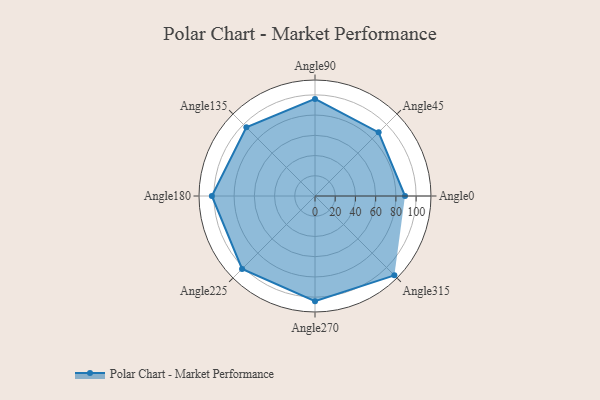
{"axis": {"x": "Angle", "y": "Radius"}, "legend": [""], "data": [{"x": "Angle0", "y": 89.0, "type": ""}, {"x": "Angle45", "y": 89.0, "type": ""}, {"x": "Angle90", "y": 96.0, "type": ""}, {"x": "Angle135", "y": 96.0, "type": ""}, {"x": "Angle180", "y": 102.0, "type": ""}, {"x": "Angle225", "y": 102.0, "type": ""}, {"x": "Angle270", "y": 104.0, "type": ""}, {"x": "Angle315", "y": 111.0, "type": ""}]}